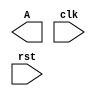
module top(A, clk, rst);
   input clk, rst;
   output A;

  parameter GPIO_COUNT = 16;
  initial begin
    if (GPIO_COUNT < 0 || GPIO_COUNT > 16) begin
      $display("Parameter Error: GPIO_COUNT must be in range 0..16");
      $finish;
    end
  end

endmodule